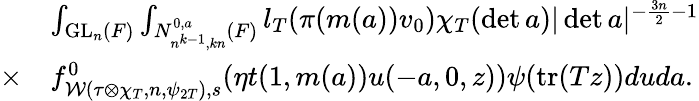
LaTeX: \begin{array}{rl}&{\int_{\mathrm{GL}_{n}(F)}\int_{N_{n^{k-1},kn}^{0,a}(F)}l_{T}(\pi(m(a))v_{0})\chi_{T}(\operatorname*{det}a)|\operatorname*{det}a|^{-\frac{3n}{2}-1}}\\ {\times}&{f_{\mathcal{W}(\tau\otimes\chi_{T},n,\psi_{2T}),s}^{0}(\eta t(1,m(a))u(-a,0,z))\psi(\mathrm{tr}(Tz))duda.}\end{array}